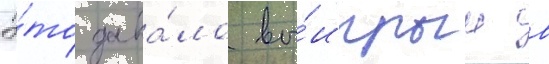
Э́то дава́ло вы́игрыш в